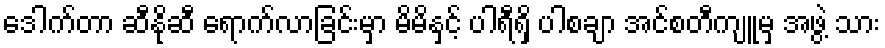
ဒေါက်တာ ဆီနိုဆီ ရောက်လာခြင်းမှာ မိမိနှင့် ပါရီရှိ ပါစချာ အင်စတီကျူမှ အဖွဲ့ သား